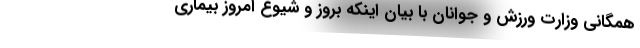
همگانی وزارت ورزش و جوانان با بیان اینکه بروز و شیوع امروز بیماری